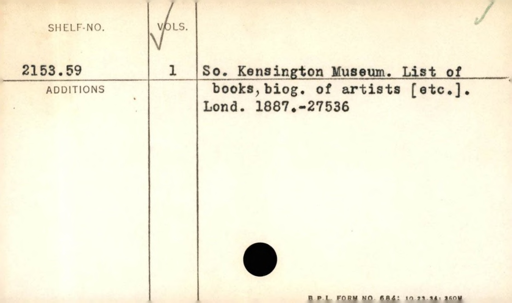
Label: content